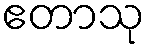
ဧတာသု